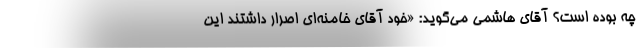
چه بوده است؟ آقای هاشمی می‌گوید: «خود آقای خامنه‌ای اصرار داشتند این